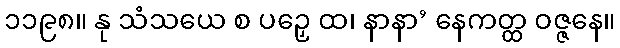
၁၁၉၈။ နု သံသယေ စ ပဉှေ ထ၊ နာနာ’ နေကတ္ထ ဝဇ္ဇနေ။